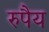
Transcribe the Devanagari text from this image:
रुपैय